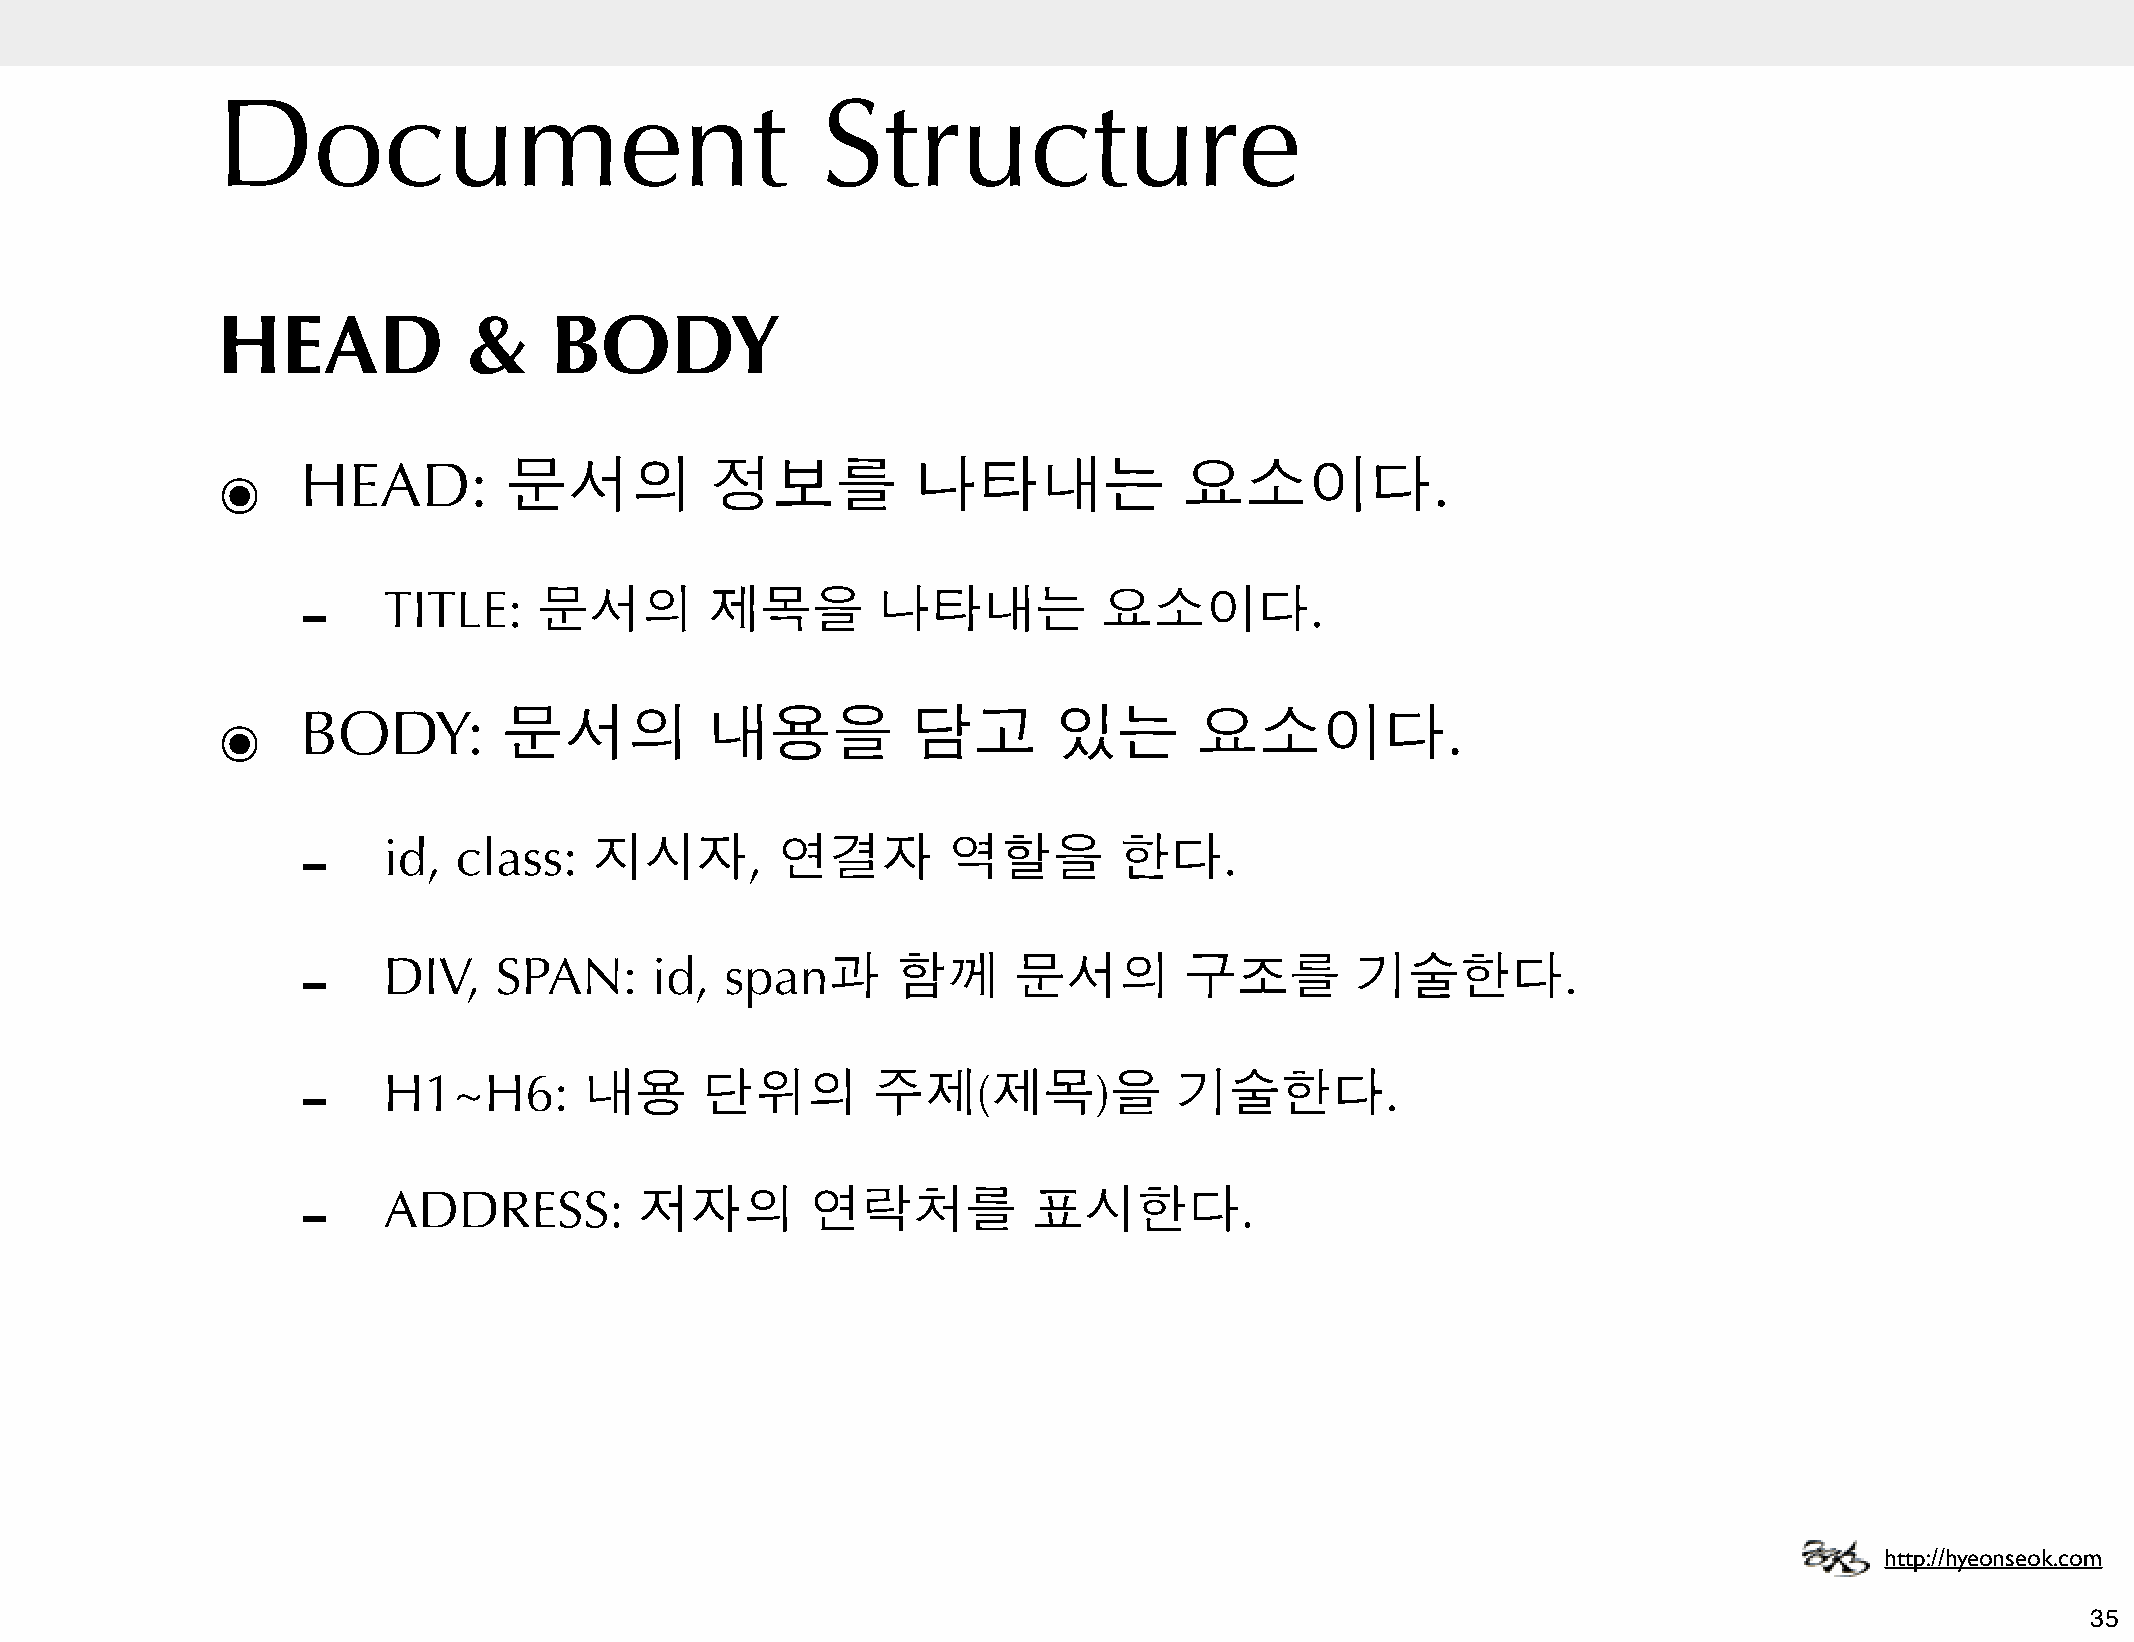
Document                                Structure
 HEAD             &    BODY
 ๏     HEAD:        문서의           정보를           나타내는             요소이다.
 -
 TITLE:     문서의        제목을        나타내는           요소이다.
 ๏     BODY:        문서의           내용을          담고        있는       요소이다.
 -
 id,  class:   지시자,        연결자         역할을        한다.
 -
 DIV,    SPAN:     id,  span과      함께      문서의        구조를         기술한다.
 -
 H1~H6:        내용     단위의         주제(제목)을             기술한다.
 -
 ADDRESS:         저자의         연락처를          표시한다.
 http://hyeonseok.com
 35